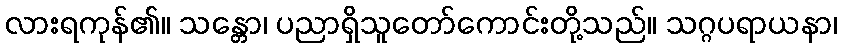
လားရကုန်၏။ သန္တော၊ ပညာရှိသူတော်ကောင်းတို့သည်။ သဂ္ဂပရာယနာ၊